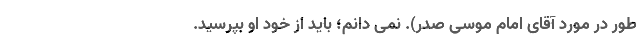
طور در مورد آقای امام موسی صدر). نمی دانم؛ باید از خود او بپرسید.